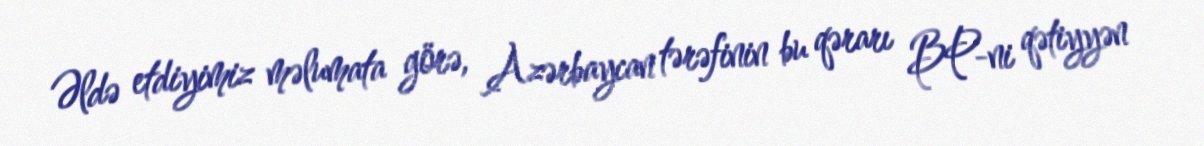
Əldə etdiyimiz məlumata görə, Azərbaycan tərəfinin bu qərarı BP-ni qətiyyən